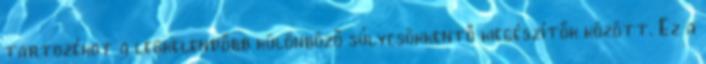
tartozékot a legkelendőbb különböző súlycsökkentő kiegészítők között. Ez a